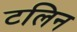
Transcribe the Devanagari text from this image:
टलिन